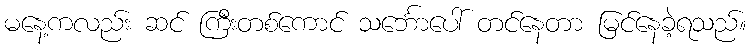
မနေ့ကလည်း ဆင် ကြီးတစ်ကောင် သင်္ဘောပေါ် တင်နေတာ မြင်နေခဲ့ရသည်။